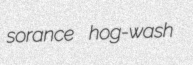
sorance hog-wash